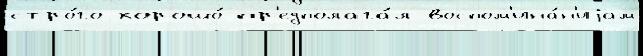
стро́го хорошо́ пр'едполага́л воспом'ина́н'иjам